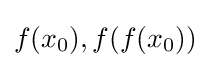
f(x_{0}),f(f(x_{0}))